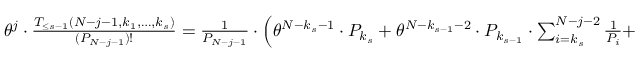
\begin{array} { r } { \theta ^ { j } \cdot \frac { T _ { \le s - 1 } ( N - j - 1 , k _ { 1 } , \ldots , k _ { s } ) } { ( P _ { N - j - 1 } ) ! } = \frac { 1 } { P _ { N - j - 1 } } \cdot \Big ( \theta ^ { N - k _ { s } - 1 } \cdot P _ { k _ { s } } + \theta ^ { N - k _ { s - 1 } - 2 } \cdot P _ { k _ { s - 1 } } \cdot \sum _ { i = k _ { s } } ^ { N - j - 2 } \frac { 1 } { P _ { i } } + } \end{array}